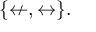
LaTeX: \{ \nleftarrow , \leftrightarrow \} .